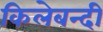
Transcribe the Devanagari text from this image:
किलेबन्‍दी